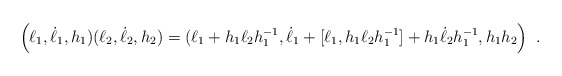
\begin{align*}\left( \ell _1,\dot \ell _1,h_1)(\ell _2,\dot \ell _2,h_2)=(\ell _1+h_1\ell_2h_1^{-1},\dot \ell _1+[\ell _1,h_1\ell _2h_1^{-1}]+h_1\dot \ell_2h_1^{-1},h_1h_2\right) \ .\end{align*}